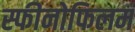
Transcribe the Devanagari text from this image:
स्फीनोफिलम